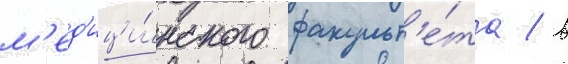
м'ед'ици́нского факульт'е́та / в